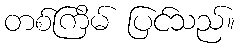
တစ်ကြိမ် ပြင်သည်။